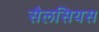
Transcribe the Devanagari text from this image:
सैलसियस